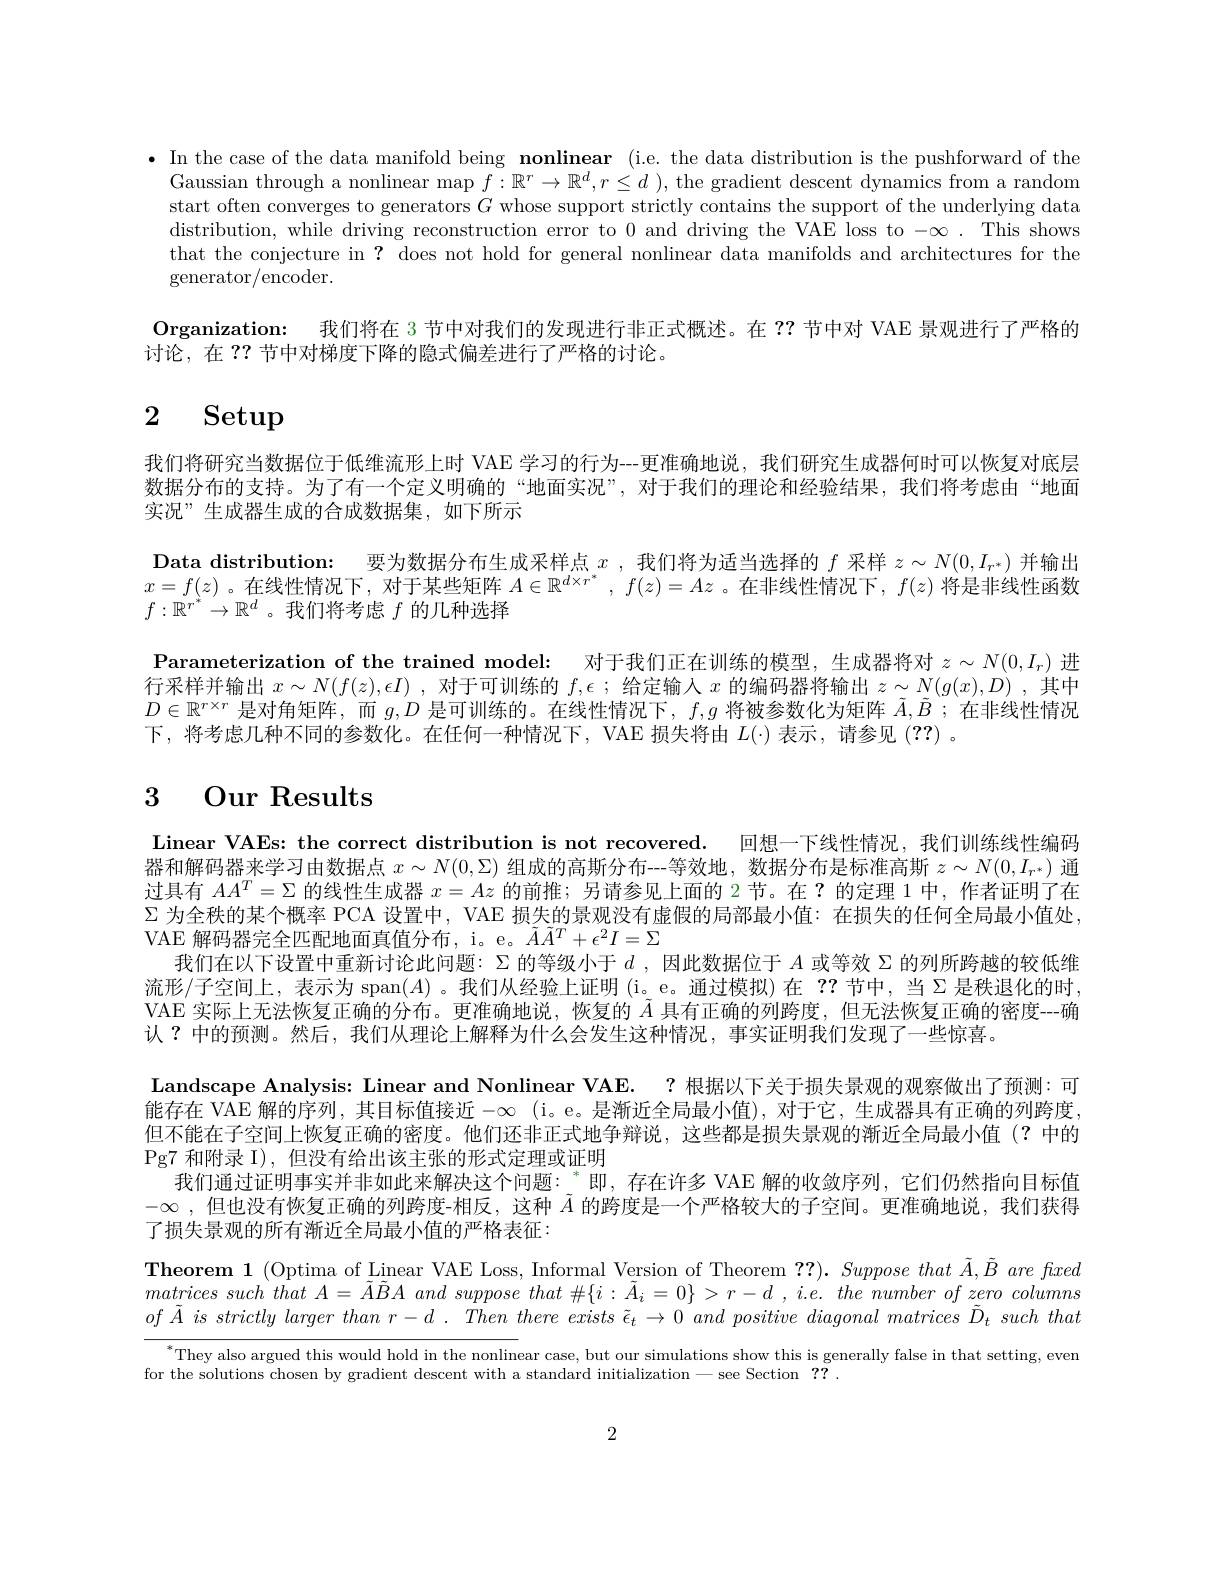
·In the case of the data manifold being nonlinear (i.e. the data distribution is the pushforward of the
Gaussian through a nonlinear $\max f:\mathbb{R}^r\to\mathbb{R}^d,r\leq d$ ), the gradient descent dynamics from a random start often converges to generators $G$ whose support strictly contains the support of the underlying data distribution, while driving reconstruction error to 0 and driving the VAE loss to $-\infty.$ This shows that the conjecture in ? does not hold for general nonlinear data manifolds and architectures for the generator/ encoder.
Organization: 我们将在 3 节中对我们的发现进行非正式概述。在？?节中对 VAE 景观进行了严格的
讨论，在 ?? 节中对梯度下降的隐式偏差进行了严格的讨论。

# 2 Setup

我们将研究当数据位于低维流形上时 VAE 学习的行为--更准确地说，我们研究生成器何时可以恢复对底层数据分布的支持。为了有一个定义明确的“地面实况”,对于我们的理论和经验结果，我们将考虑由“地面实况”生成器生成的合成数据集，如下所示
Data distribution: 要为数据分布生成采样点$x$ ,我们将为适当选择的$f$采样$z\sim N(0,I_{r^*})$并输出$x=f(z)$ 。在线性情况下，对于某些矩阵$A\in\mathbb{R}^d\times r^*,f(z)=Az$ 。在非线性情况下，$f(z)$将是非线性函数$f:\mathbb{R}^{r^*}\to\mathbb{R}^d$ 。我们将考虑$f$的几种选择
Parameterization of the trained model: 对于我们正在训练的模型，生成器将对$z\sim N(0,I_r)$进行采样并输出$x\sim N(f(z),\epsilon I)$ ,对于可训练的$f,\epsilon$ ; 给定输人$x$的编码器将输出$z\sim N(g(x),D)$ ,其中$D\in\mathbb{R}^{r\times r}$是对角矩阵，而$g,D$是可训练的。在线性情况下$,f,g$将被参数化为矩阵$\tilde{A},\tilde{B};$在非线性情况下，将考虑几种不同的参数化。在任何一种情况下，VAE 损失将由$L(\cdot)$表示，请参见(??) 。

# 3 Our Results

Linear VAEs: the correct distribution is not recovered. 回想一下线性情况，我们训练线性编码器和解码器来学习由数据点$x\sim N(0,\Sigma)$组成的高斯分布---等效地，数据分布是标准高斯$z\sim N(0,I_{r^*})$通过具有$AA^T=\Sigma$的线性生成器$x=Az$的前推；另请参见上面的 2节。在？的定理 1 中，作者证明了在$\Sigma$为全秩的某个概率 PCA 设置中，VAE 损失的景观没有虚假的局部最小值：在损失的任何全局最小值处， VAE 解码器完全匹配地面真值分布，i。e。$\tilde{A}\tilde{A}^T+\epsilon^2I=\Sigma$
我们在以下设置中重新讨论此问题：$\Sigma$的等级小于$d$ ,因此数据位于$A$或等效$\Sigma$的列所跨越的较低维流形/子空间上，表示为 span$(A)$ 。我们从经验上证明 (i。e。通过模拟)在？?节中，当$\Sigma$是秩退化的时VAE 实际上无法恢复正确的分布。更准确地说，恢复的$\tilde{A}$具有正确的列跨度，但无法恢复正确的密度--确认？中的预测。然后，我们从理论上解释为什么会发生这种情况，事实证明我们发现了一些惊喜。
Landscape Analysis: Linear and Nonlinear VAE. ? 根据以下关于损失景观的观察做出了预测：可能存在 VAE 解的序列，其目标值接近$-\infty$ (i。e。是漸近全局最小值),对于它，生成器具有正确的列跨度但不能在子空间上恢复正确的密度。他们还非正式地争辩说，这些都是损失景观的渐近全局最小值(?中的$\operatorname{Pg7}$和附录 I), 但没有给出该主张的形式定理或证明
我们通过证明事实并非如此来解决这个问题：“即，存在许多 VAE 解的收敛序列，它们仍然指向目标值$- \infty$ ,但也没有恢复正确的列跨度-相反，这种$A$的跨度是一个严格较大的子空间。更准确地说，我们获得了损失景观的所有渐近全局最小值的严格表征：
Theorem 1 (Optima of Linear VAE Loss, Informal Version of Theorem ??). Suppose that $\tilde{A},\tilde{B}$ are fxed matrices such that $A=$ $\tilde{A} \tilde{B} A$ and suppose that $\# \{ i: \tilde{A} _i= 0\}$ $> r- d$ , $i. e.$ the number $of$ zero columns $of\tilde{A} \textit{ is strictly larger than r}- d. \textit{ Then there exists }\tilde{\epsilon } _{t}\to 0\textit{ and positive diagonal matrices }\tilde{D} _{t}\textit{ such that}$

$^*$They also argued this would hold in the nonlinear case, but our simulations show this is generally false in that setting, evem

for the solutions chosen by gradient descent with a standard initialization-see Section ??.

2